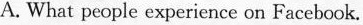
A. What people experience on Facebook.